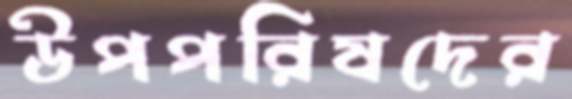
উপপরিষদের